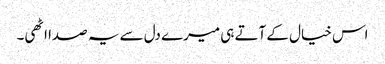
اس خیال کے آتے ہی میرے دل سے یہ صدا اٹھی۔